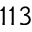
1 1 3